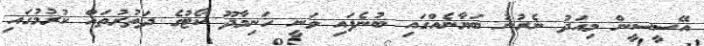
އޭސީސީން މިއަދު ނެރުނު ބަޔާނެއްގައި ބުނެފައި ވަނީ ހަނިމާދޫ ކޯޓުގެ ދަތުރުތައް ކުރުމުގައި